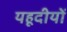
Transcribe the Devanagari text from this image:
यहूदीयों